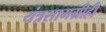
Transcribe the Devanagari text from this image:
यंत्रसामग्रीही